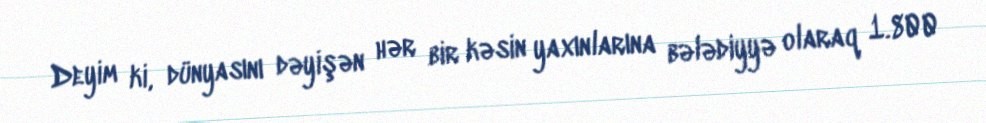
Deyim ki, dünyasını dəyişən hər bir kəsin yaxınlarına bələdiyyə olaraq 1.800